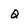
Character: Q